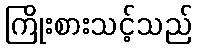
ကြိုးစားသင့်သည်